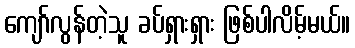
ကျော်လွန်တဲ့သူ ခပ်ရှားရှား ဖြစ်ပါလိမ့်မယ်။